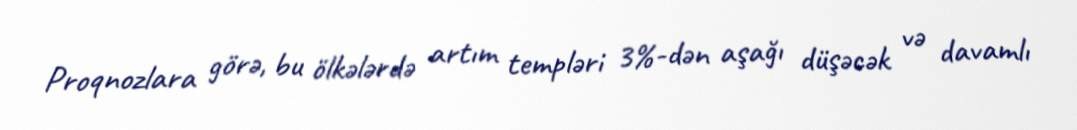
Proqnozlara görə, bu ölkələrdə artım templəri 3%-dən aşağı düşəcək və davamlı